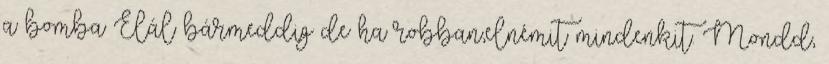
a bomba Elál bármeddig de ha robban,elnémit mindenkit. Mondd,